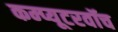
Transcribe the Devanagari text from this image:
कम्प्यूटरवॉच